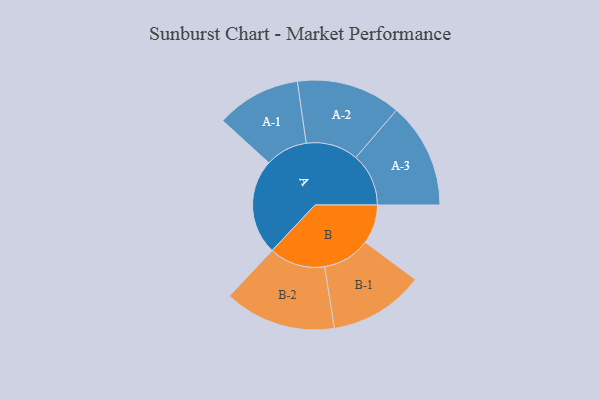
{"axis": {"x": "Segment", "y": "Value"}, "legend": ["", "A", "B"], "data": [{"x": "A", "y": 495, "type": ""}, {"x": "B", "y": 203, "type": ""}, {"x": "A-1", "y": 219, "type": "A"}, {"x": "A-2", "y": 271, "type": "A"}, {"x": "A-3", "y": 274, "type": "A"}, {"x": "B-1", "y": 247, "type": "B"}, {"x": "B-2", "y": 290, "type": "B"}]}